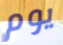
يوم